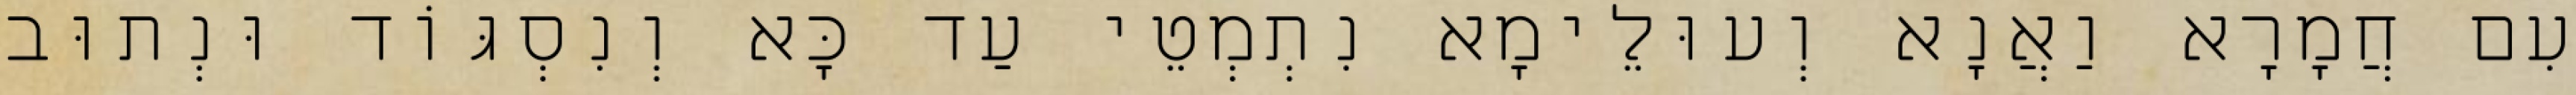
עִם חֲמָרָא וַאֲנָא וְעוּלֵימָא נִתְמְטֵי עַד כָּא וְנִסְגּוֹד וּנְתוּב